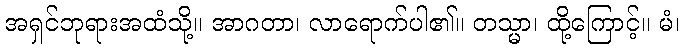
အရှင်ဘုရားအထံသို့။ အာဂတာ၊ လာရောက်ပါ၏။ တသ္မာ၊ ထို့ကြောင့်။ မံ၊